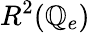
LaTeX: R^{2}(\mathbb{Q}_{e})